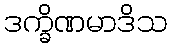
ဒက္ခိဏမာဒိသ